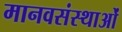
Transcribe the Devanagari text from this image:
मानवसंस्थाओं